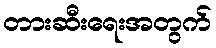
တားဆီးရေးအတွက်